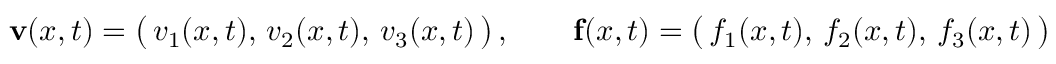
\mathbf { v } ( { \boldsymbol { x } } , t ) = { \big ( } \, v _ { 1 } ( { \boldsymbol { x } } , t ) , \, v _ { 2 } ( { \boldsymbol { x } } , t ) , \, v _ { 3 } ( { \boldsymbol { x } } , t ) \, { \big ) } \, , \qquad \mathbf { f } ( { \boldsymbol { x } } , t ) = { \big ( } \, f _ { 1 } ( { \boldsymbol { x } } , t ) , \, f _ { 2 } ( { \boldsymbol { x } } , t ) , \, f _ { 3 } ( { \boldsymbol { x } } , t ) \, { \big ) }